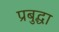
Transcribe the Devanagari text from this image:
प्रबुद्धा